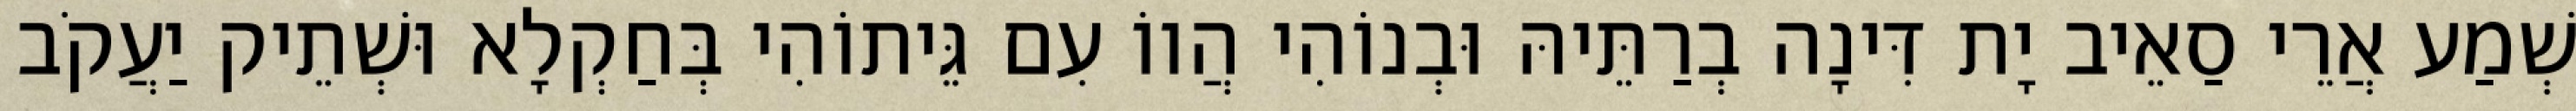
שְׁמַע אֲרֵי סַאֵיב יָת דִּינָה בְרַתֵּיהּ וּבְנוֹהִי הֲווֹ עִם גֵּיתוֹהִי בְּחַקְלָא וּשְׁתֵיק יַעֲקֹב